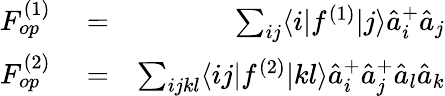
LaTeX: \begin{array}{rlr}{F_{op}^{(1)}}&{{}=}&{\sum_{ij}\langle i|f^{(1)}|j\rangle\hat{a}_{i}^{+}\hat{a}_{j}}\\ {F_{op}^{(2)}}&{{}=}&{\sum_{ijkl}\langle ij|f^{(2)}|kl\rangle\hat{a}_{i}^{+}\hat{a}_{j}^{+}\hat{a}_{l}\hat{a}_{k}}\end{array}